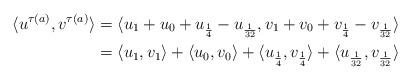
LaTeX: \begin{align*}\langle u^{\tau(a)}, v^{\tau(a)} \rangle &= \langle u_1 + u_0 + u_{\frac{1}{4}} - u_{\frac{1}{32}}, v_1 + v_0 + v_{\frac{1}{4}} - v_{\frac{1}{32}} \rangle \\ &= \langle u_1, v_1 \rangle + \langle u_0, v_0 \rangle + \langle u_{\frac{1}{4}}, v_{\frac{1}{4}} \rangle + \langle u_{\frac{1}{32}}, v_{\frac{1}{32}} \rangle\end{align*}